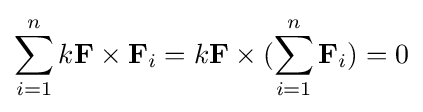
\sum _{i=1}^{n}k\mathbf {F} \times \mathbf {F} _{i}=k\mathbf {F} \times (\sum _{i=1}^{n}\mathbf {F} _{i})=0